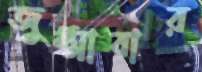
জুম্মাবার